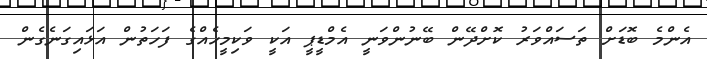
އެންމެ ބޮޑަށް ތަސައްވަރު ކޮށްދޭން ބޭނުންވަނީ އެމްޑީޕީ އަކީ ވަކިމީހެއްގެ ފަހަތުން އަޅައިގަނެގެން